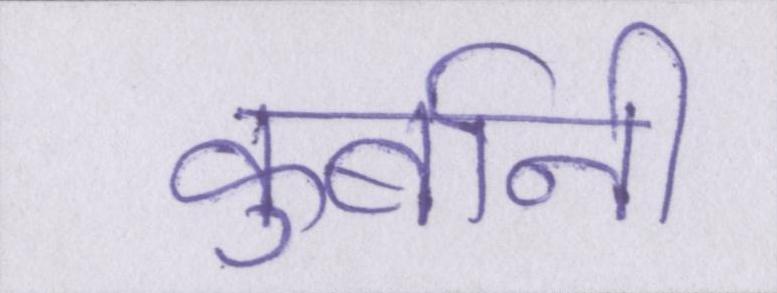
कुर्बानी